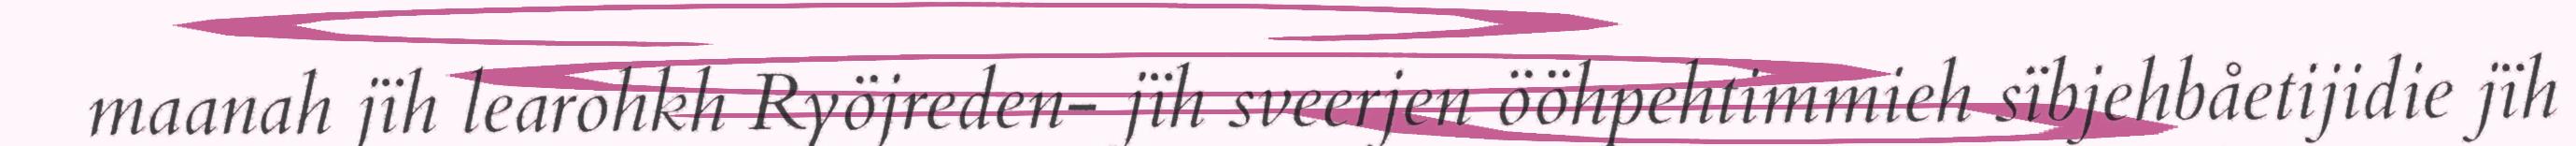
maanah jïh learohkh Ryöjreden- jïh sveerjen ööhpehtimmieh sïbjehbåetijidie jïh